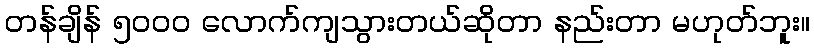
တန်ချိန် ၅၀၀၀ လောက်ကျသွားတယ်ဆိုတာ နည်းတာ မဟုတ်ဘူး။